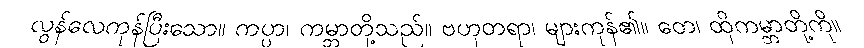
လွန်လေကုန်ပြီးသော။ ကပ္ပာ၊ ကမ္ဘာတို့သည်။ ဗဟုတရာ၊ များကုန်၏။ တေ၊ ထိုကမ္ဘာတို့ကို။